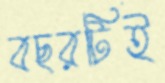
বছরটিই